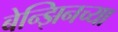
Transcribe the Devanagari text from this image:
बेन्झिनच्या